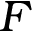
F